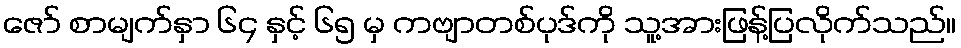
ဇော် စာမျက်နှာ ၆၄ နှင့် ၆၅ မှ ကဗျာတစ်ပုဒ်ကို သူ့အားဖြန့်ပြလိုက်သည်။